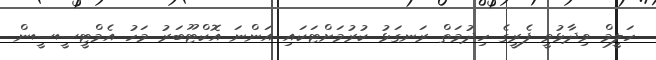
ހަލީމް ވިދާޅުވީ ފެރީގެ ހިދުމަތް ރަނގަޅު ކުރުމަށްޓަކައި އަންނަ އޮކްޓޫބަރު މަހު އެމްޓީސީސީން